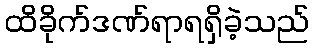
ထိခိုက်ဒဏ်ရာရရှိခဲ့သည်